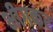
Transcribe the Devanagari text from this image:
भीगकर